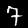
Digit: 7